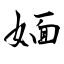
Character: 媔